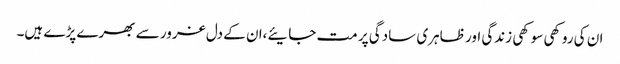
ان کی روکھی سوکھی زندگی اور ظاہری سادگی پر مت جایئے،ان کے دل غرور سے بھرے پڑے ہیں۔